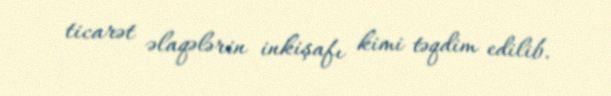
ticarət əlaqələrin inkişafı kimi təqdim edilib.